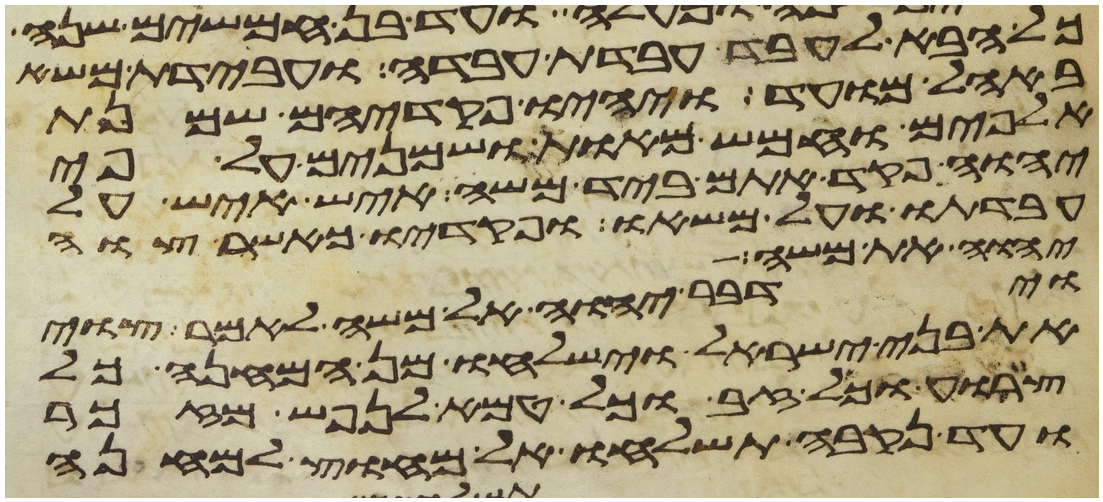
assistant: כל הבא לעבד עבדת עבדה ועבדת משא
באהל מועד ויהיו פקדיהם שמנת
אלפים וחמש מאות ושמנים על פי
יהוה פקד אתם ביד משה איש איש על
עבדתו ועל משאו ופקדיו כאשר צוה
יהוה את משה
וידבר יהוה אל משה לאמר צוי
את בני ישראל וישלחו מן המחנה כל
צרוע וכל זב וכל טמא לנפש מזכר
ועד נקבה תשלחו אל מחוץ למחנה